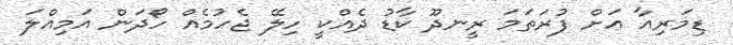
ޑިމަރިއާ އަށް ފުރަތަމަ ރީނދޫ ކާޑު ދެއްކީ ހިލޭ ޖެހުމެއް ހޯދަން އަމިއްލަ